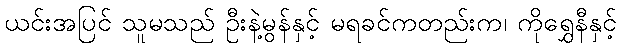
ယင်းအပြင် သူမသည် ဦးနဲ့မွန်နှင့် မရခင်ကတည်းက၊ ကိုရွှေနီနှင့်